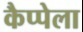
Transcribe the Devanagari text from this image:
कैप्पेला